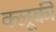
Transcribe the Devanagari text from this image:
क्लूकी